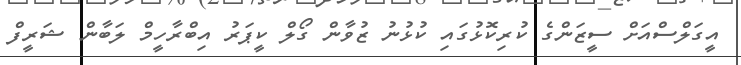
އީގަލްސްއަށް ސީޒަންގެ ކުރިކޮޅުގައި ކުޅުނު ޒުވާން ގޯލް ކީޕަރު އިބްރާހީމް ލަބާން ޝަރީފް